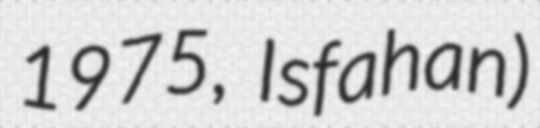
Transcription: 1975, Isfahan)